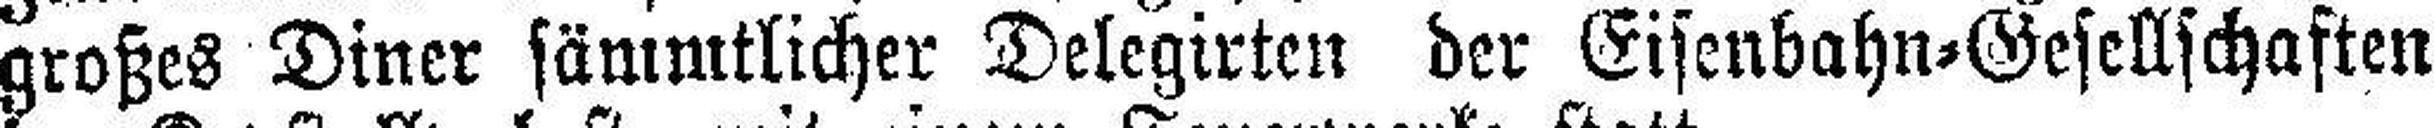
großes Diner sämmtlicher Delegirten der Eisenbahn=Gesellschaften